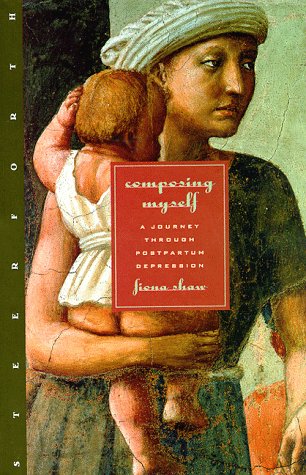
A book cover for Composing Myself: A Passage Through Postpartum Depression; Fiona Shaw; Health, Fitness & Dieting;